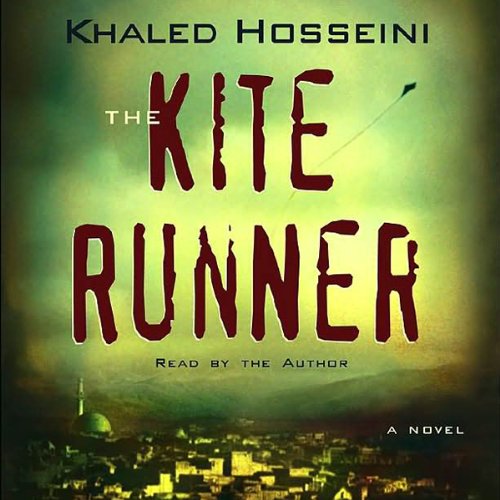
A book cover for The Kite Runner; Khaled Hosseini; Literature & Fiction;